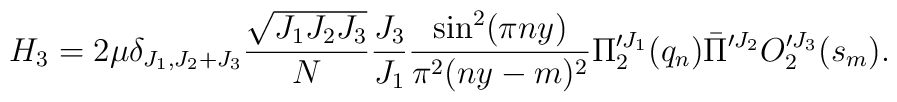
H_3=2\mu \delta_{J_1,J_2+J_3}{\sqrt{J_1 J_2 J_3}\over N} {J_3\over J_1}{\sin^2(\pi ny)\over\pi^2 (ny-m)^2}\Pi^{\prime J_1}_{2}(q_n)\bar{\Pi}^{\prime J_2}O^{\prime J_3}_{2}(s_m).